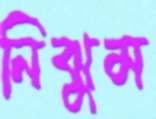
নিঝুম